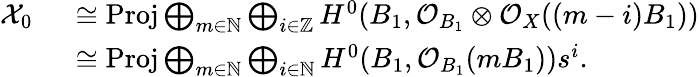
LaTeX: \begin{array}{rl}{\mathcal{X}_{0}}&{\ \cong\mathrm{{Proj}}\bigoplus_{m\in\mathbb{N}}\bigoplus_{i\in\mathbb{Z}}H^{0}(B_{1},\mathcal{O}_{B_{1}}\otimes\mathcal{O}_{X}((m-i)B_{1}))}\\ &{\ \cong{\mathrm{Proj}}\bigoplus_{m\in\mathbb{N}}\bigoplus_{i\in\mathbb{N}}H^{0}(B_{1},\mathcal{O}_{B_{1}}(mB_{1}))s^{i}.}\end{array}